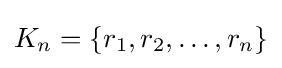
K_{n}=\{r_{1},r_{2},\dots ,r_{n}\}